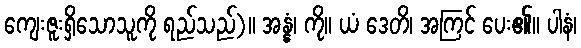
ကျေးဇူးရှိသောသူကို ရည်သည်)။ အန္နံ၊ ကို။ ယံ ဒေတိ၊ အကြင် ပေး၏။ ပါနံ၊